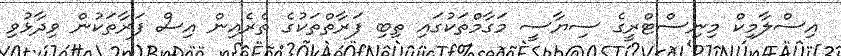
އިސްލާމިކް މިނިސްޓްރީގެ ސިޔާސީ މަގާމްތަކުގައި ތިބި ފަރާތްތަކުގެ ތެރެއިން އިސް ފަރާތަކުން ވިދާޅުވި